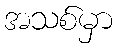
အသစ်မှာ